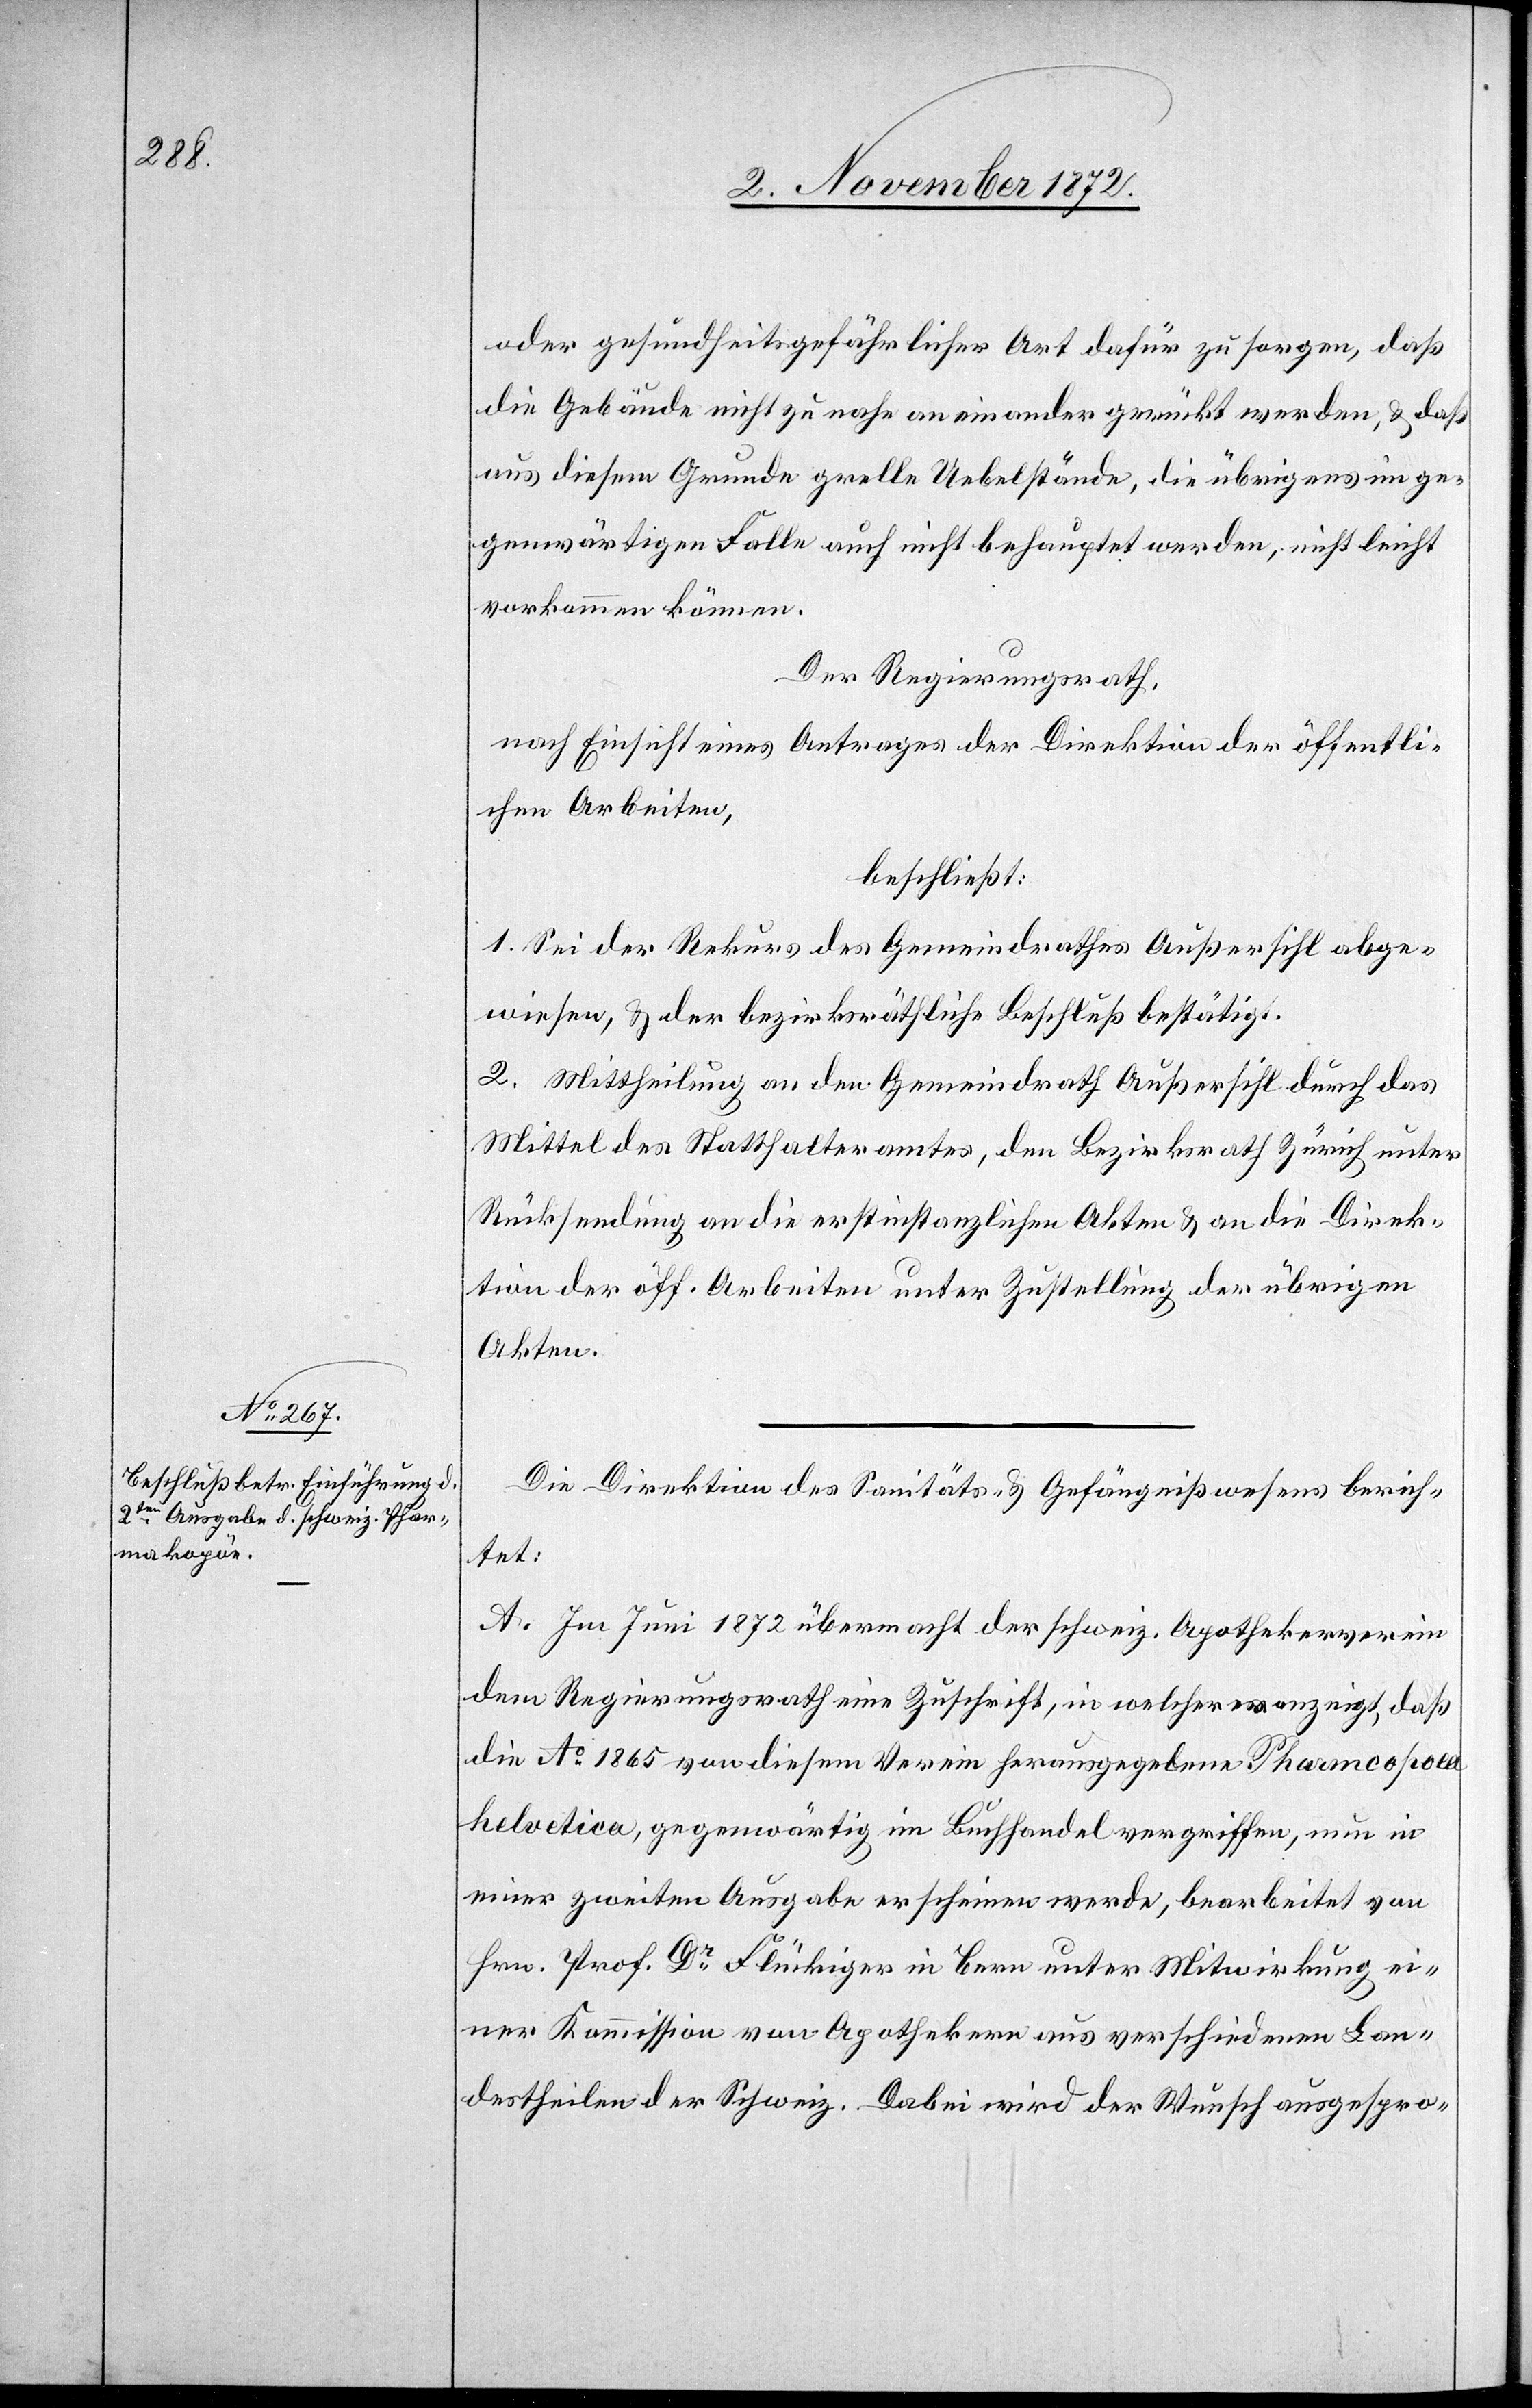
oder gesundheitsgefährlicher Art dafür zu sorgen, daß
die Gebäude nicht zu nahe aneinander gerückt werden, u. daß
aus diesem Grunde grelle Uebelstände, die übrigens im ge¬
genwärtigen Falle auch nicht behauptet werden, nicht leicht
vorkommen können.
Der Regierungsrath,
nach Einsicht eines Antrages der Direktion der öffentli¬
chen Arbeiten,
beschließt:
1. Sei der Rekurs des Gemeindrathes Außersihl abge¬
wiesen, u. der bezirksräthliche Beschluß bestätigt.
2. Mittheilung an den Gemeindrath Außersihl durch das
Mittel des Statthalteramtes, den Bezirksrath Zürich unter
Rücksendung an die erstinstanzlichen Akten u. an die Direk¬
tion der öff. Arbeiten unter Zustellung der übrigen
Akten.
Die Direktion des Sanitäts- u. Gefängnißwesens berich¬
tet:
A. Im Juni 1872 übermacht der schweiz. Apothekerverein
dem Regierungsrath eine Zuschrift, in welcher er anzeigt, daß
die Ao 1865 von diesem Verein herausgegebene Pharm[a]copoea
helvetica, gegenwärtig im Buchhandel vergriffen, nun in
einer zweiten Ausgabe erscheinen werde, bearbeitet von
Hrn. Prof. Dr Flückiger in Bern unter Mitwirkung ei¬
ner Kommission von Apothekern aus verschiedenen Lan¬
destheilen der Schweiz. Dabei wird der Wunsch ausgespro-